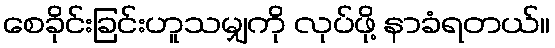
စေခိုင်းခြင်းဟူသမျှကို လုပ်ဖို့ နာခံရတယ်။